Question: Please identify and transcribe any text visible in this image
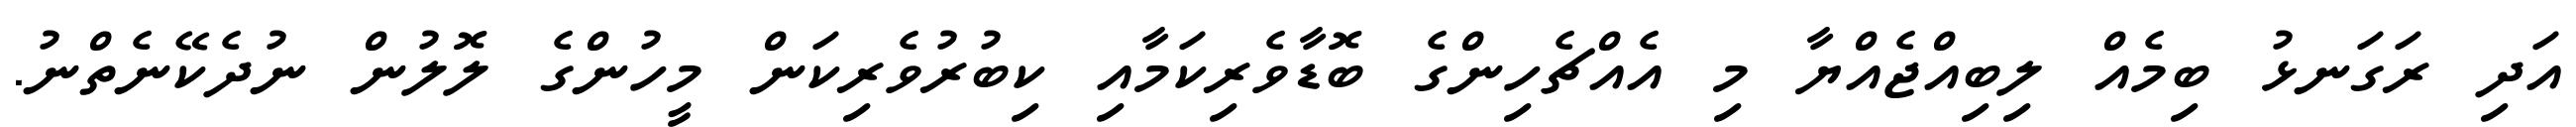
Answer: އަދި ރަގަނޅު ބިމެއް ލިބިއްޖެއްޔާ މި އެއްޗެހިންގެ ބޮޑާވެރިކަމާއި ކިބުރުވެރިކަން މީހުންގެ ލޮލުން ނުދެކޭނެތްނު.